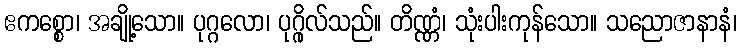
ဧကစ္စော၊ အချို့သော။ ပုဂ္ဂလော၊ ပုဂ္ဂိုလ်သည်။ တိဏ္ဏံ၊ သုံးပါးကုန်သော။ သညောဇာနာနံ၊